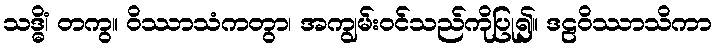
သဒ္ဓိံ၊ တကွ။ ဝိဿာသံကတွာ၊ အကျွမ်းဝင်သည်ကိုပြု၍။ ဒဠဝိဿာသိကာ